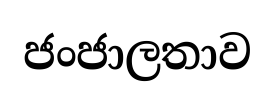
ජංජාලතාව